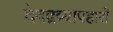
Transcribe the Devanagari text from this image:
देवद्रव्यापहारी